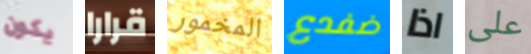
يكون قرارا المخمور ضفدع اذا على